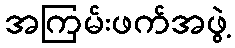
အကြမ်းဖက်အဖွဲ့